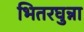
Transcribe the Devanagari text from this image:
भितरघुन्ना